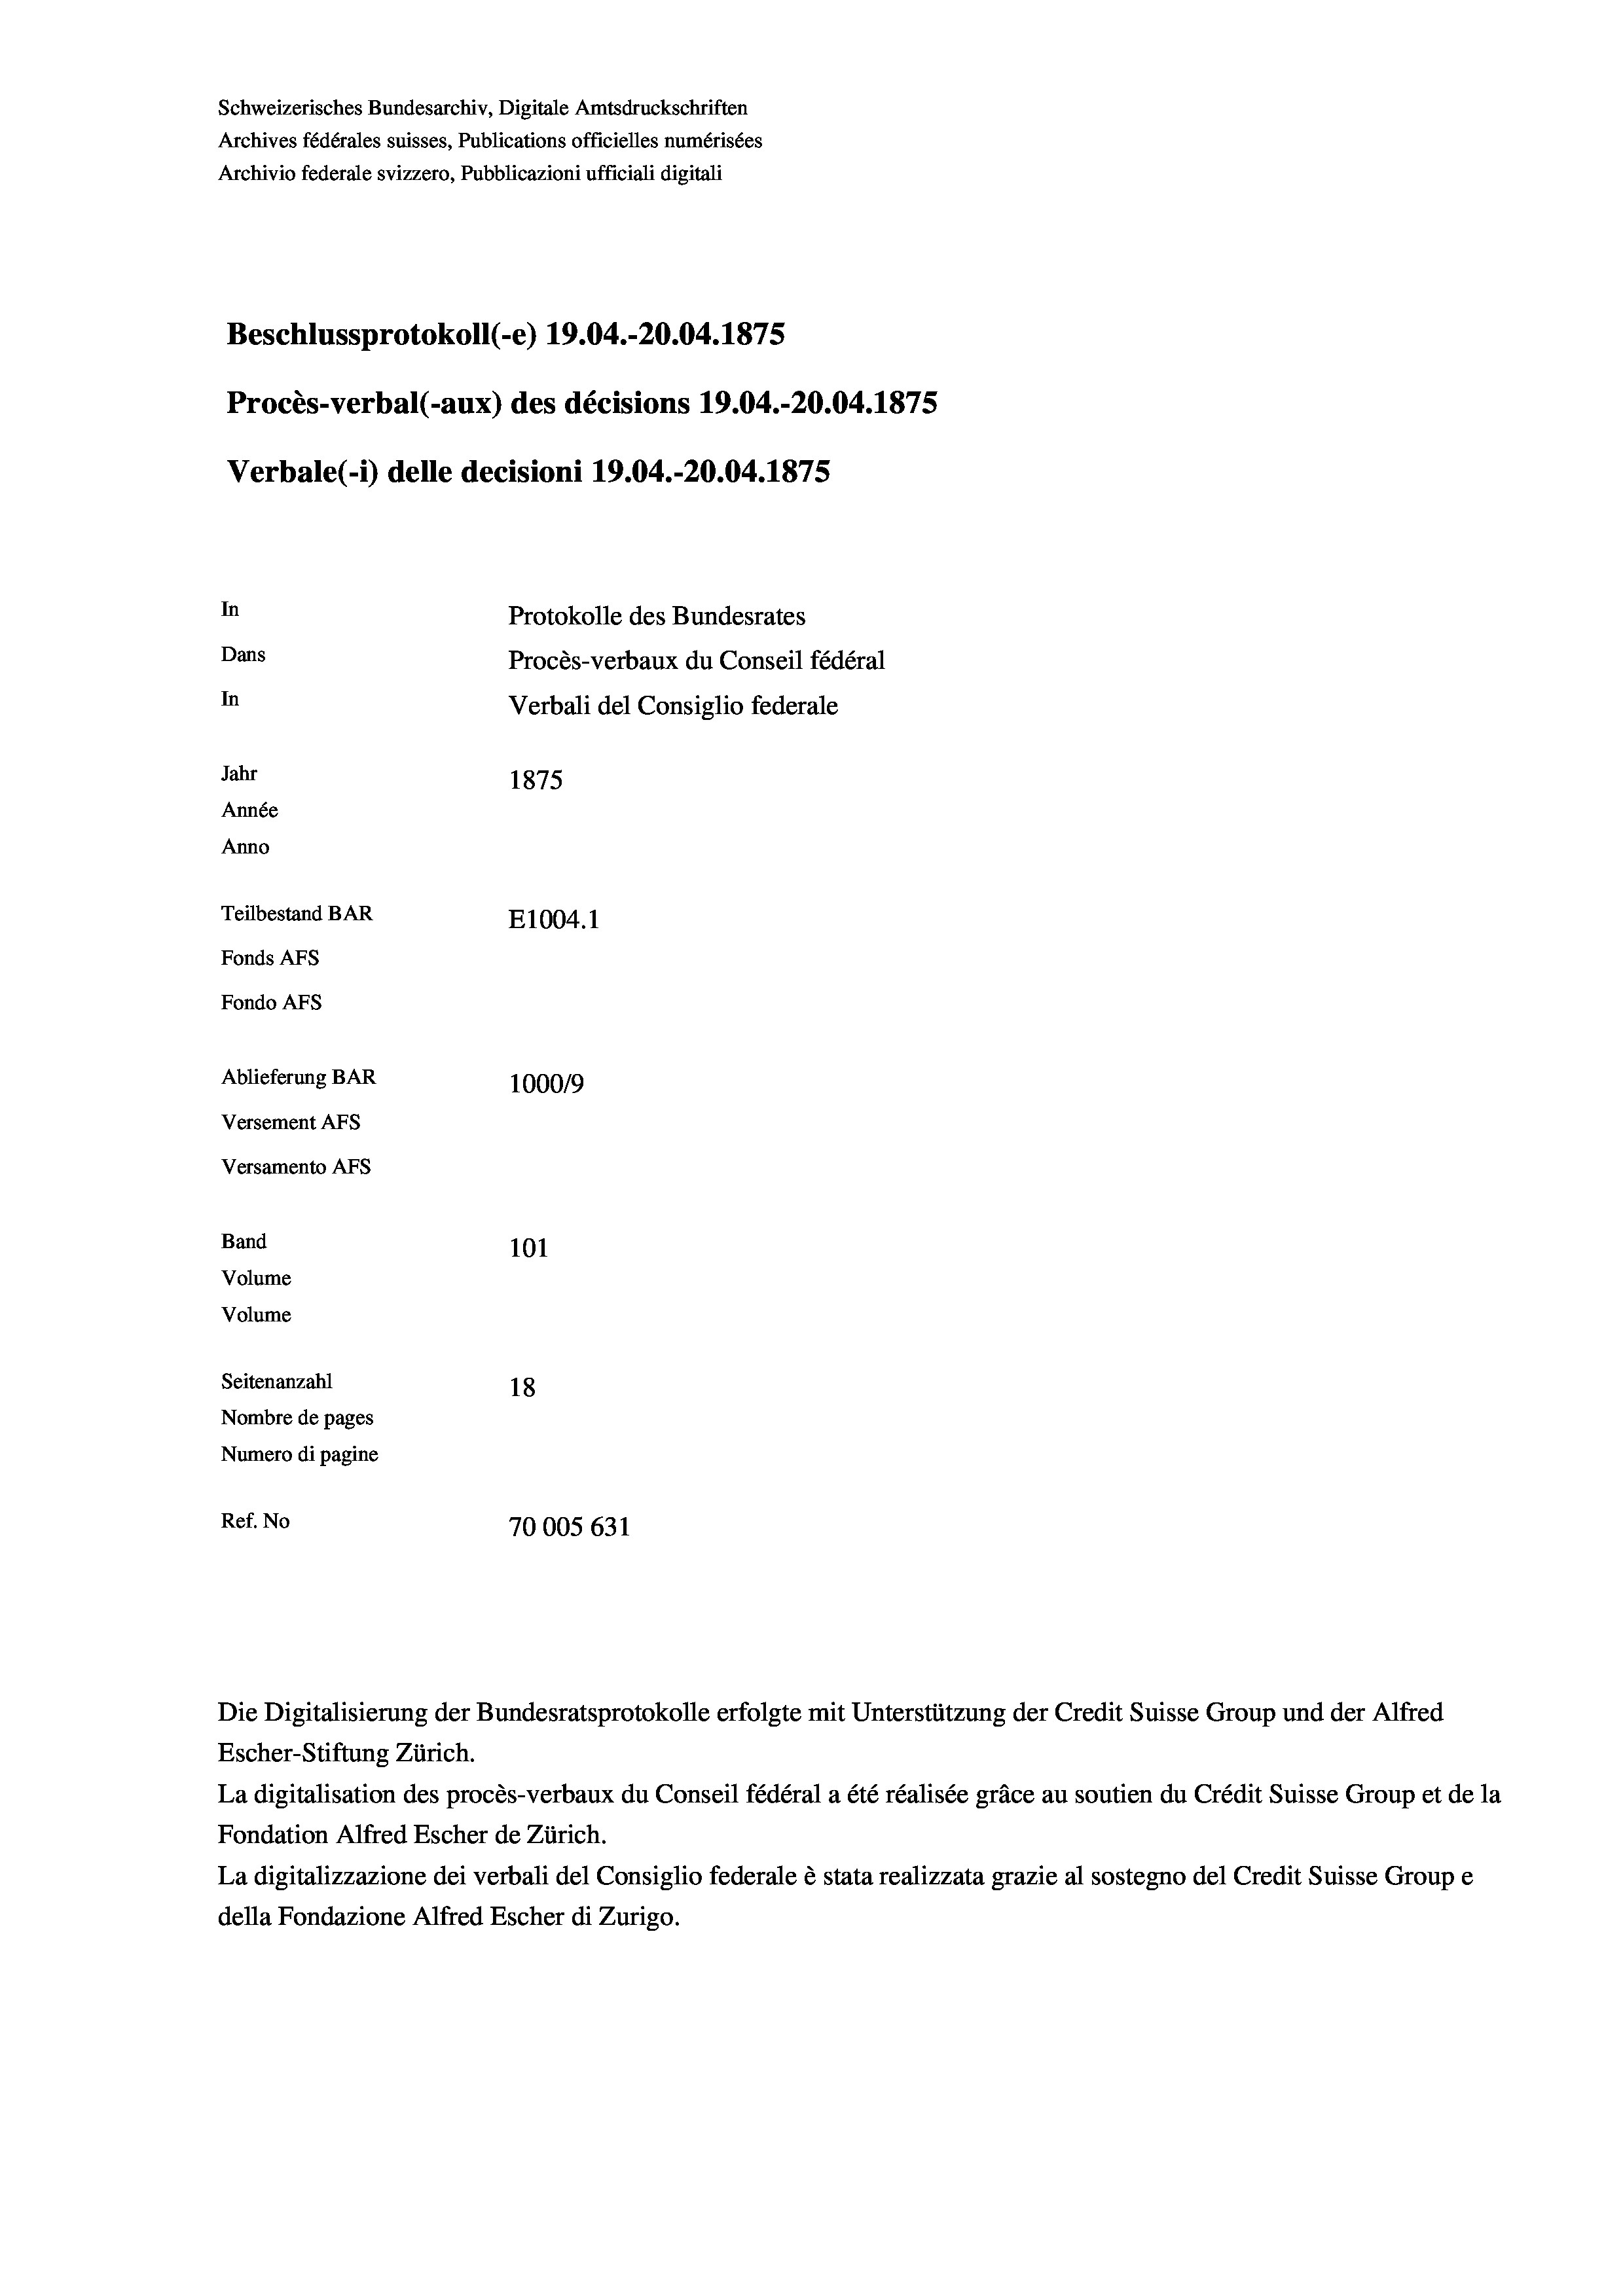
Schweizerisches Bundesarchiv, Digitale Amtsdruckschriften
Archives fédérales suisses, Publications officielles numérisées
Archivio federale svizzero, Pubblicazioni ufficiali digitali
Beschlussprotokoll (-e) 19.04.-20.04. 1875
Procès-verbal (-aux) des décisions 19.04.-20.04. 1875
Verbale (- 1) delle decisioni 19.04.-20.04. 1875
In
Protokolle des Bundesrates
Dans
Procès-verbaux du Conseil fédéral
In
Verbali del Consiglio federale
Jahr
1875
Année
Anno
Teilbestand BAR
E1004.1
Fonds AFs
Fondo Afs
Ablieferung BAR
100019
Versement AFs
Versamento AFs
Band
101
Volume
Volume
Seitenanzahl
18
Nombre de pages
Numero di pagine
Ref. No
70005 631

Escher-Stiftung Zürich.
La digitalisation des procès-verbaux du Conseil fédéral a été réalisée gräce au soutien du Crédit Suisse Group et de la
Fondation Alfred Escher de Zürich.
La digitalizzazione dei verbali del Consiglio federale è stata realizzata grazie al sostegno del Credit Suisse Groupe
della Fondazione Alfred Escher di Zurigo.

Die Digitalisierung der Bundesratsprotokolle erfolgte mit Unterstützung der Credit Suisse Group und der Alfred